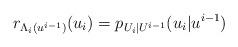
LaTeX: \begin{align*}r_{\Lambda_i(u^{i-1})}(u_i) = p_{U_i|U^{i-1}}(u_i|u^{i-1}) \end{align*}